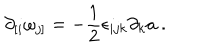
\partial _ { [ i } \omega _ { j ] } = - { \frac { 1 } { 2 } } \epsilon _ { i j k } \partial _ { k } a \ .